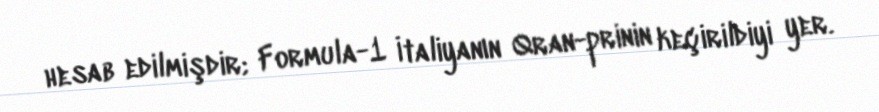
hesab edilmişdir; Formula-1 İtaliyanın Qran-prinin keçirildiyi yer.